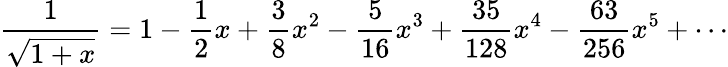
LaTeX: {\frac{1}{\sqrt{1+x}}}=1-{\frac{1}{2}}x+{\frac{3}{8}}x^{2}-{\frac{5}{16}}x^{3}+{\frac{35}{128}}x^{4}-{\frac{63}{256}}x^{5}+\cdots